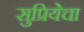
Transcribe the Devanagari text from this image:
सुप्रियेचा